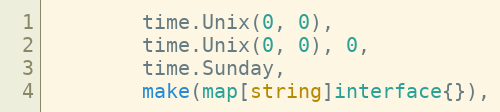
Language: Go
		time.Unix(0, 0),
		time.Unix(0, 0), 0,
		time.Sunday,
		make(map[string]interface{}),